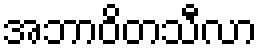
အဘာဝိတသီလာ